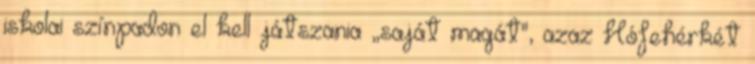
iskolai színpadon el kell játszania „saját magát", azaz Hófehérkét